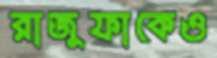
রাজুফাকেও